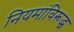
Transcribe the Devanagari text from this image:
नियमांविरूद्ध